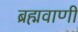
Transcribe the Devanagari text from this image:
ब्रह्मवाणी